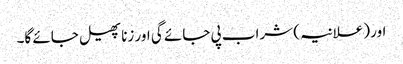
اور (علانیہ) شراب پی جائے گی اور زنا پھیل جائے گا۔